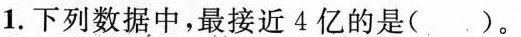
1.下列数据中，最接近4亿的是()。